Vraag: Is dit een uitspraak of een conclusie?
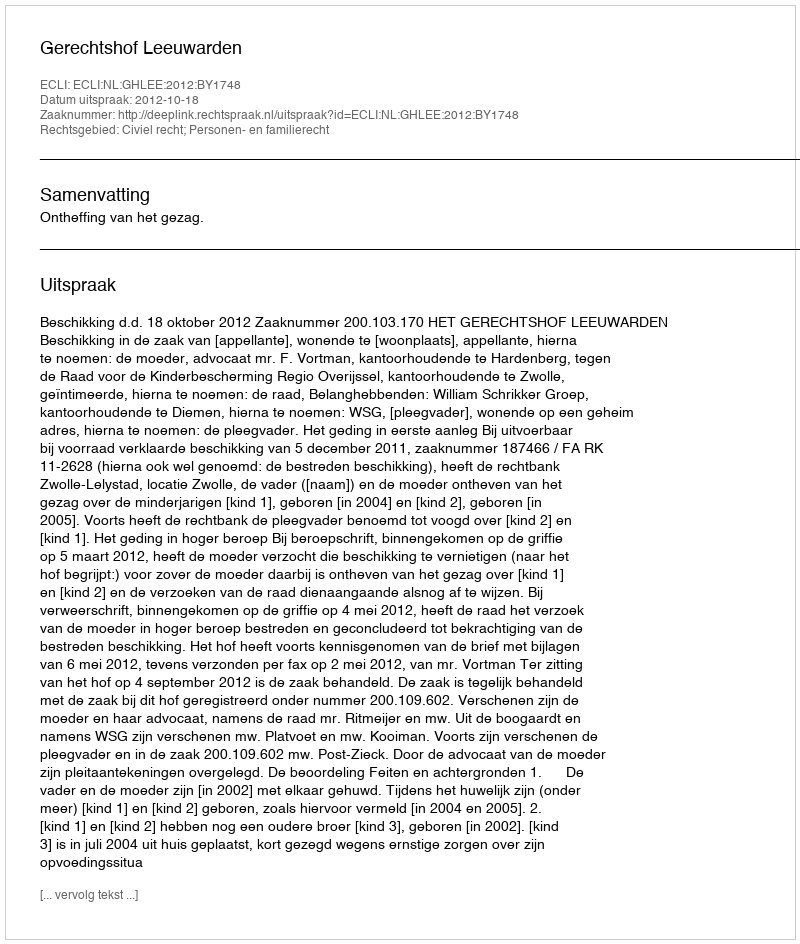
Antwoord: Uitspraak